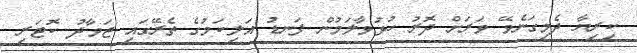
ކިރިޔާ ދެމިގަނެވޭ ވަރަށް ދޮރު ހުޅުވާލަމުން ފަނޑު އަލިކަމުގެ ތެރޭގައި ޖަވާދު ކޮޓަރި